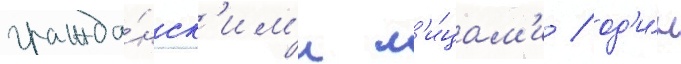
гражда́нск'им'и л'и́цам'и / од'и́н